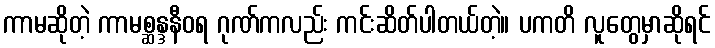
ကာမဆိုတဲ့ ကာမစ္ဆန္ဒနီဝရ ဂုဏ်ကလည်း ကင်းဆိတ်ပါတယ်တဲ့။ ပကတိ လူတွေမှာဆိုရင်